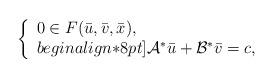
LaTeX: \begin{align*}\left\{\begin{array}{ll}0\in F(\bar{u},\bar{v},\bar{x}),\\begin{align*}8pt]\mathcal{A}^*\bar{u} + \mathcal{B}^*\bar{v} = c,\end{array}\right.\end{align*}